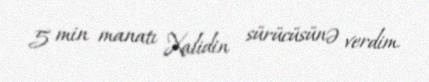
5 min manatı Xalidin sürücüsünə verdim.